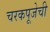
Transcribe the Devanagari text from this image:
चरकपूजेची